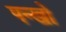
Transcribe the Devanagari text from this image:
पन्खो